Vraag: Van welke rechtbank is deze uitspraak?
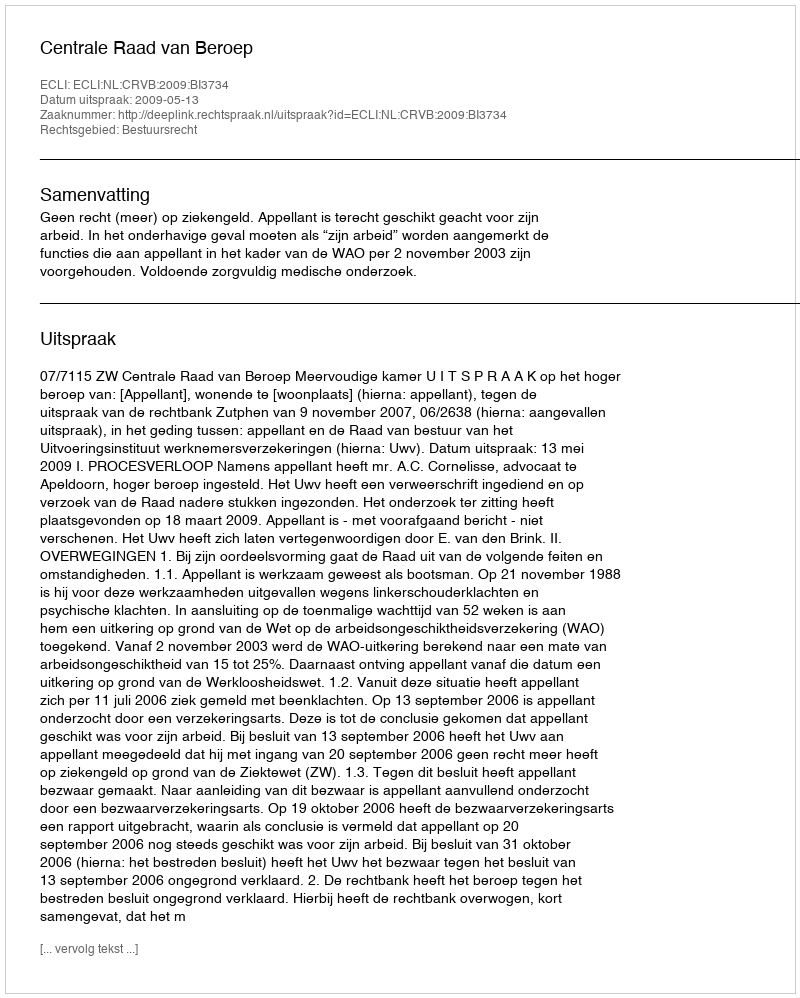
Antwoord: Centrale Raad van Beroep